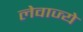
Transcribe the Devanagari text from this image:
लेवाज्ये